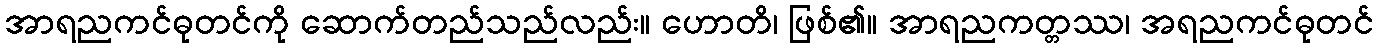
အာရညကင်ဓုတင်ကို ဆောက်တည်သည်လည်း။ ဟောတိ၊ ဖြစ်၏။ အာရညကတ္တဿ၊ အရညကင်ဓုတင်